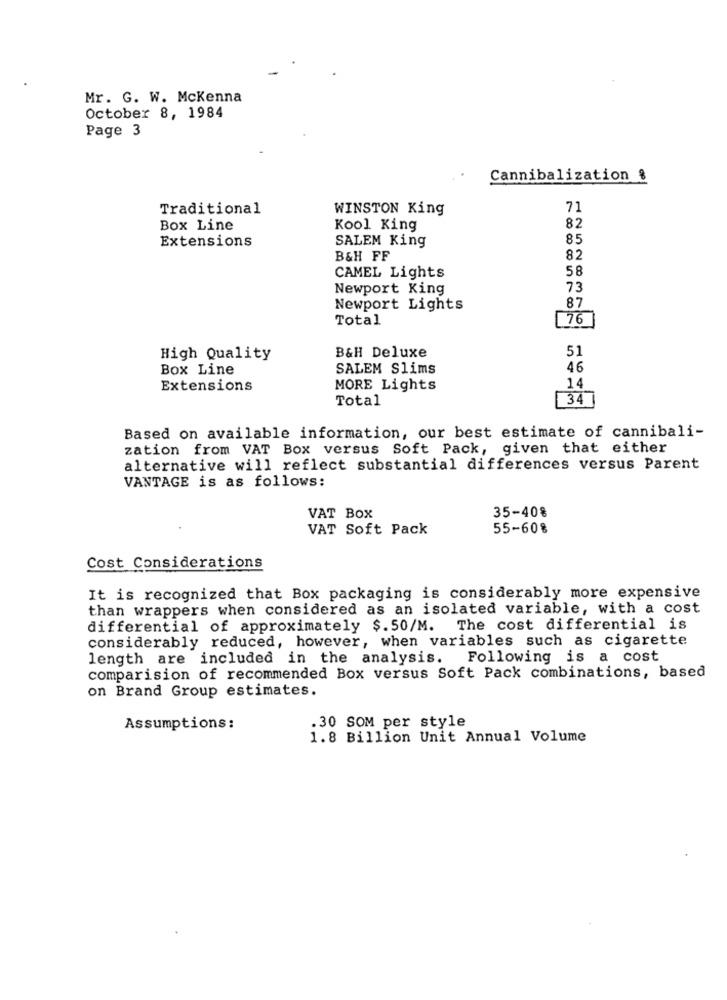
Mr. G. W. Mckenna
October 8, 1984
Page 3
Cannibalization &
Traditional
WINSTON King
71
Box Line
Kool King
82
Extensions
SALEM King
85
B&H FF
82
58
CAMEL Lights
Newport King
73
87
Newport Lights
Total
76
B&H Deluxe
51
High Quality
Box Line
SALEM Slims
46
Extensions
MORE Lights
14
Total
34
Based on available information, our best estimate of cannibali-
zation from VAT Box versus Soft Pack, given that either
alternative will reflect substantial differences versus Parent
VANTAGE is as follows:
35-40%
VAT BOX
VAT Soft Pack
55-60%
Cost Considerations
It is recognized that Box packaging is considerably more expensive
than wrappers when considered as an isolated variable, with a cost
differential of approximately $.50/M. The cost differential is
considerably reduced, however, when variables such as cigarette
length are included in the analysis.
Following is a cost
comparision of recommended Box versus Soft Pack combinations, based
on Brand Group estimates.
.30 SOM per style
Assumptions:
1.8 Billion Unit Annual Volume